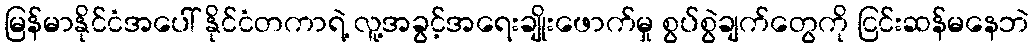
မြန်မာနိုင်ငံအပေါ် နိုင်ငံတကာရဲ့ လူ့အခွင့်အရေးချိုးဖောက်မှု စွပ်စွဲချက်တွေကို ငြင်းဆန်မနေဘဲ